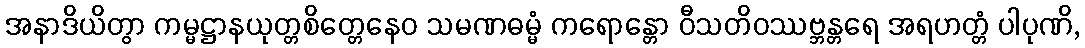
အနာဒိယိတွာ ကမ္မဋ္ဌာနယုတ္တစိတ္တေနေဝ သမဏဓမ္မံ ကရောန္တော ဝီသတိဝဿဗ္ဘန္တရေ အရဟတ္တံ ပါပုဏိ,